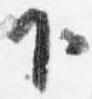
下